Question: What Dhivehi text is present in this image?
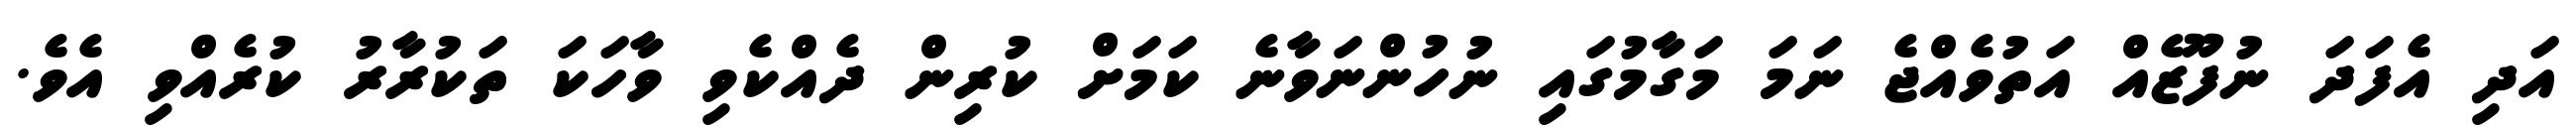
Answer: އަދި އެފަދަ ނުފޫޒެއް އަތުވެއްޖެ ނަމަ މަގާމުގައި ނުހުންނަވާނެ ކަމަށް ކުރިން ދެއްކެވި ވާހަކަ ތަކުރާރު ކުރެއްވި އެވެ.